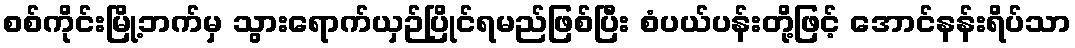
စစ်ကိုင်းမြို့ဘက်မှ သွားရောက်ယှဉ်ပြိုင်ရမည်ဖြစ်ပြီး စံပယ်ပန်းတို့ဖြင့် အောင်နန်းရိပ်သာ